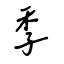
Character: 季